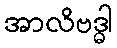
အာလိဗဒ္ဓါ